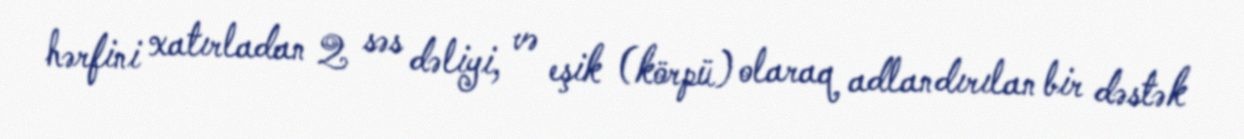
hərfini xatırladan 2 səs dəliyi, və eşik (körpü) olaraq adlandırılan bir dəstək